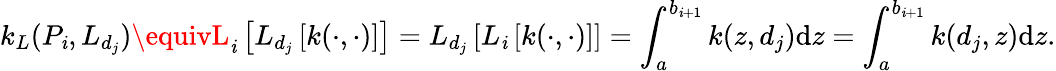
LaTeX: k_{L}(P_{\mathit{i}},L_{d_{j}})\equivL_{\mathit{i}}\left[L_{d_{j}}\left[k(\cdot,\cdot)\right]\right]=L_{d_{j}}\left[L_{\mathit{i}}\left[k(\cdot,\cdot)\right]\right]=\int_{a}^{b_{\mathit{i}+1}}k(z,d_{j})\textrm{{d}}z=\int_{a}^{b_{\mathit{i}+1}}k(d_{j},z)\textrm{{d}}z.